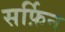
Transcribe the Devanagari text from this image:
सर्फ़िन